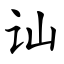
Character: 讪